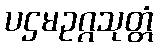
ပဌမဥဂ္ဂသုတ္တံ